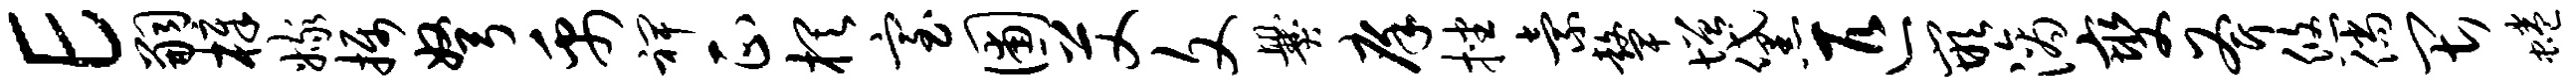
E嗣樟嫁摄弩禹裨正棋室圃艾文爨庠挫索鼙增黛匹嵌滴燮斧悠倘畏蜷